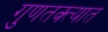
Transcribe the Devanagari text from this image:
गुणतक्त्यात